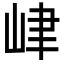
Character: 峍